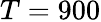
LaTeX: T=900